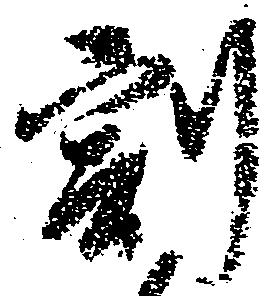
割